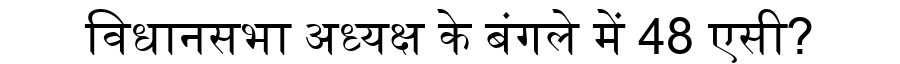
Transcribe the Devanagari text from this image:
विधानसभा अध्यक्ष के बंगले में 48 एसी?